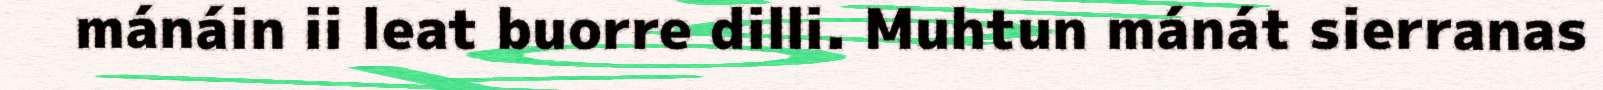
mánáin ii leat buorre dilli. Muhtun mánát sierranas